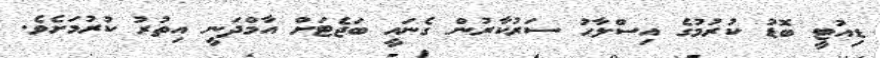
ޑިއުޓީ ބޮޑު ކުރުމުގެ އިސްލާހު ސަރުކާރުން ގެނައީ ބަޖެޓަށް އާމްދަނީ އިތުރު ކުރުމަށެވެ.